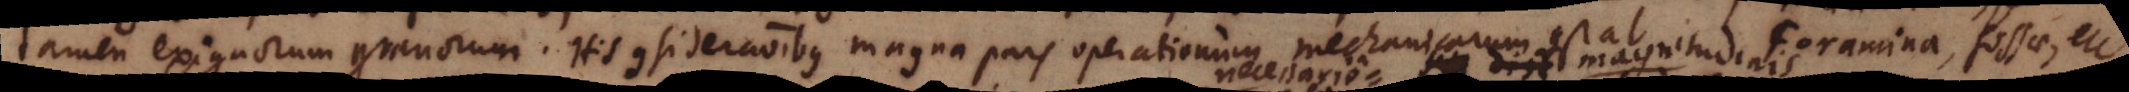
tamen exiguorum granorum. His considerationibus magna pars operationum mechanicarum constat. Foramina, fossae, etc.